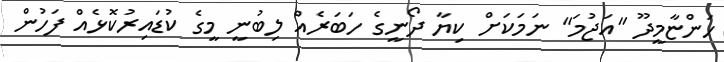
ހަންޏާމީދޫ "އަޖުމަ" ނަމަކަށް ކިޔާ ދޯނީގެ ހަބަރެއް ލިބުނީ މީގެ ކުޑައިރުކޮޅެއް ފަހުން